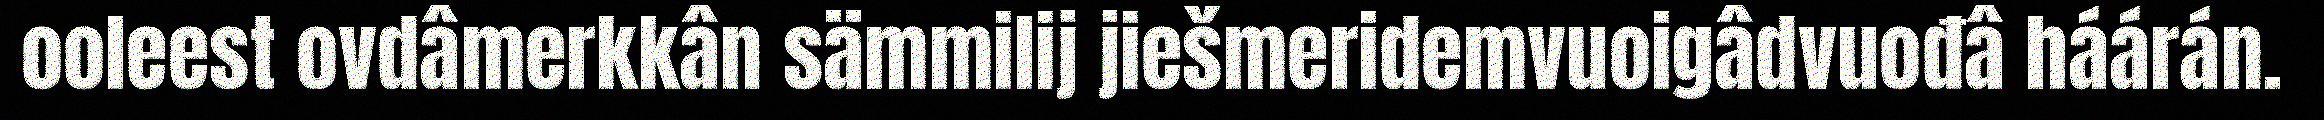
ooleest ovdâmerkkân sämmilij jiešmeridemvuoigâdvuođâ háárán.